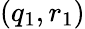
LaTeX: (q_{1},r_{1})